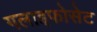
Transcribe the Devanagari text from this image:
गलाइफोसेट